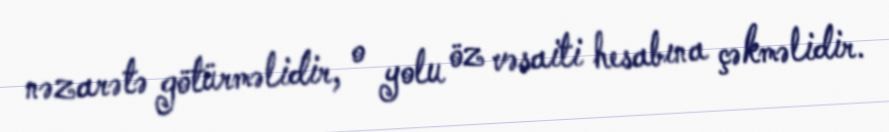
nəzarətə götürməlidir, o yolu öz vəsaiti hesabına çəkməlidir.